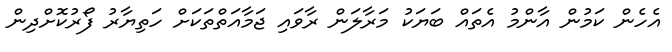
އެހެން ކަމުން އާންމު އެތައް ބަޔަކު މަރާލަން ރާވައި ޖަމާއަތްތަކަށް ހަތިޔާރު ފޯރުކޮށްދިން